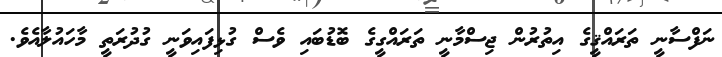
ނަފްސާނީ ތަރައްޤީގެ އިތުރުން ޖިސްމާނީ ތަރައްގީގެ ބޮޑުބައި ވެސް ގުޅިފައިވަނީ ގުދުރަތީ މާހައުލާއެވެ.